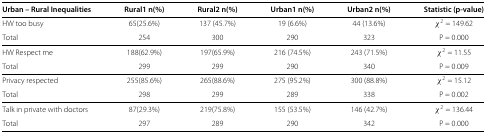
| Urban – Rural Inequalities | Rural1 n(%) | Rural2 n(%) | Urban1 n(%) | Urban2 n(%) | Statistic (p-value) |
 | --- | --- | --- | --- | --- | --- |
 | HW too busy | 65(25.6%) | 137 (45.7%) | 19 (6.6%) | 44 (13.6%) | χ2 = 149.62 |
 | Total | 254 | 300 | 290 | 323 | P = 0.000 |
 | HW Respect me | 188(62.9%) | 197(65.9%) | 216 (74.5%) | 243 (71.5%) | χ2 = 11.55 |
 | Total | 299 | 299 | 290 | 340 | P = 0.009 |
 | Privacy respected | 255(85.6%) | 265(88.6%) | 275 (95.2%) | 300 (88.8%) | χ2 = 15.12 |
 | Total | 298 | 299 | 289 | 338 | P = 0.002 |
 | Talk in private with doctors | 87(29.3%) | 219(75.8%) | 155 (53.5%) | 146 (42.7%) | χ2 = 136.44 |
 | Total | 297 | 289 | 290 | 342 | P = 0.000 |